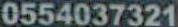
0554037321